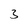
Character: 3